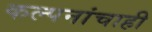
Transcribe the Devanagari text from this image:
कल्पनांचाही